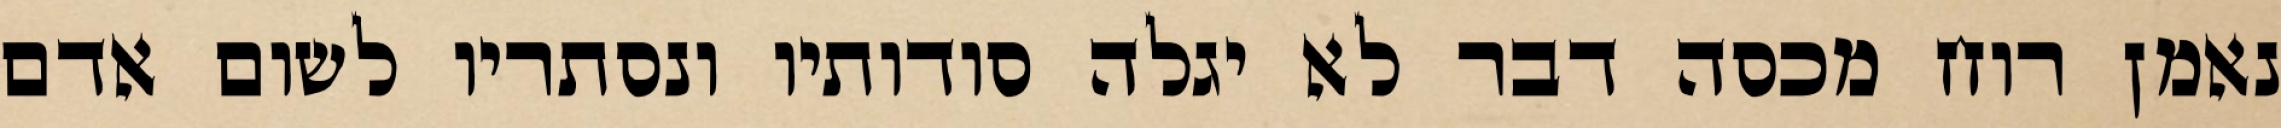
נאמן רוח מכסה דבר לא יגלה סודותיו ונסתריו לשום אדם